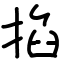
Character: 掐